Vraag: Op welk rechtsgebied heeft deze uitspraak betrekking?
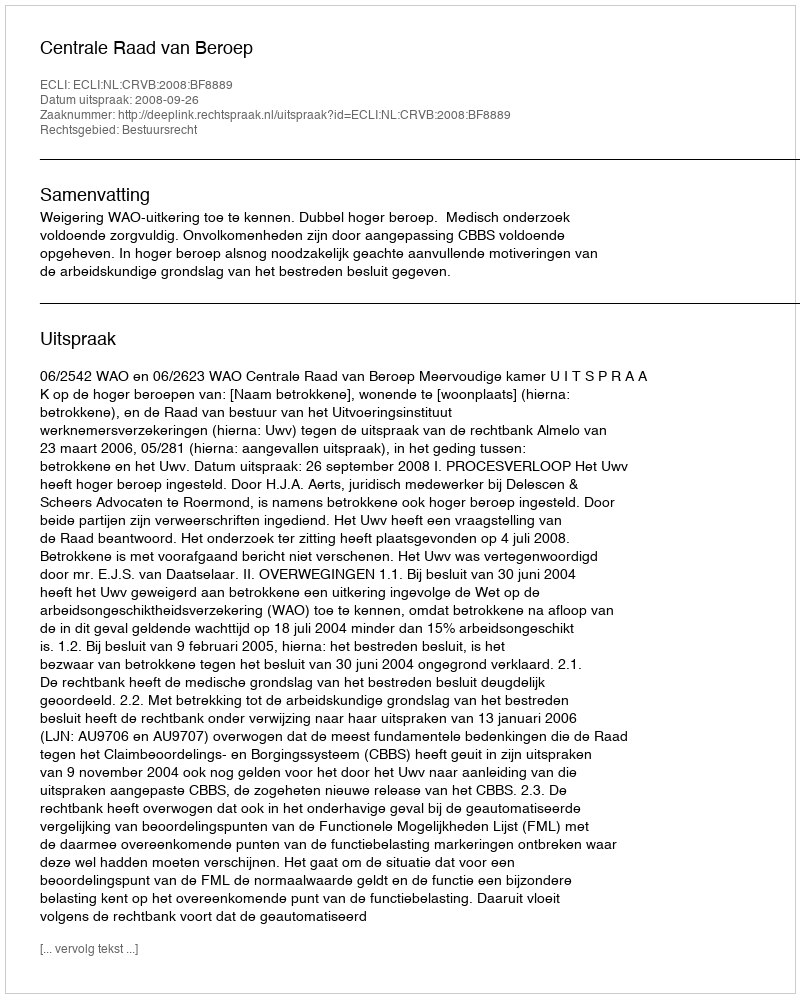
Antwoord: Bestuursrecht